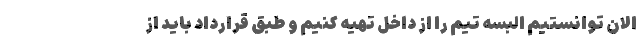
الان توانستیم البسه تیم را از داخل تهیه کنیم و طبق قرارداد باید از